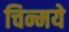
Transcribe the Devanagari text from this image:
चिन्मये